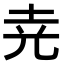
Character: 𡊪